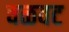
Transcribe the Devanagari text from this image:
वळवट